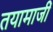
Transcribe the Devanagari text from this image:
तयामाजीं